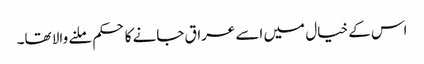
اس کے خیال میں اسے عراق جانے کا حکم ملنے والا تھا۔